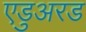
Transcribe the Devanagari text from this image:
एडुअरड